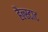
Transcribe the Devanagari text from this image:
हैल्स्टाट